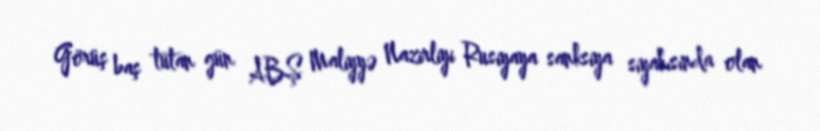
Görüş baş tutan gün ABŞ Maliyyə Nazirliyi Rusiyaya sanksiya siyahısında olan